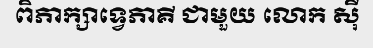
ពិភាក្សាទ្វេភាគី ជាមួយ លោក ស៊ី